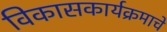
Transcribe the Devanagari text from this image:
विकासकार्यक्रमाचे